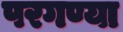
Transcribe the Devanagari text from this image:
परगण्या